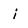
Character: i